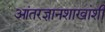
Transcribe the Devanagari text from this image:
आंतरज्ञानशाखांशी